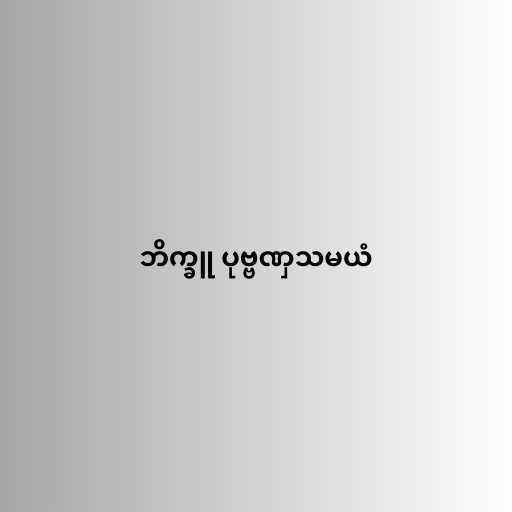
ဘိက္ခူ ပုဗ္ဗဏှသမယံ